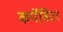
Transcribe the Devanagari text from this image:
कपॅसिटर